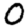
Digit: 0